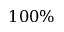
1 0 0 \%